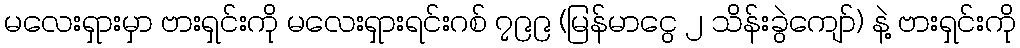
မလေးရှားမှာ ဗားရှင်းကို မလေးရှားရင်းဂစ် ၇၉၉ (မြန်မာငွေ ၂ သိန်းခွဲကျော်) နဲ့ ဗားရှင်းကို